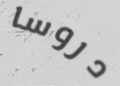
دروسا